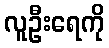
လူဦးရေကို